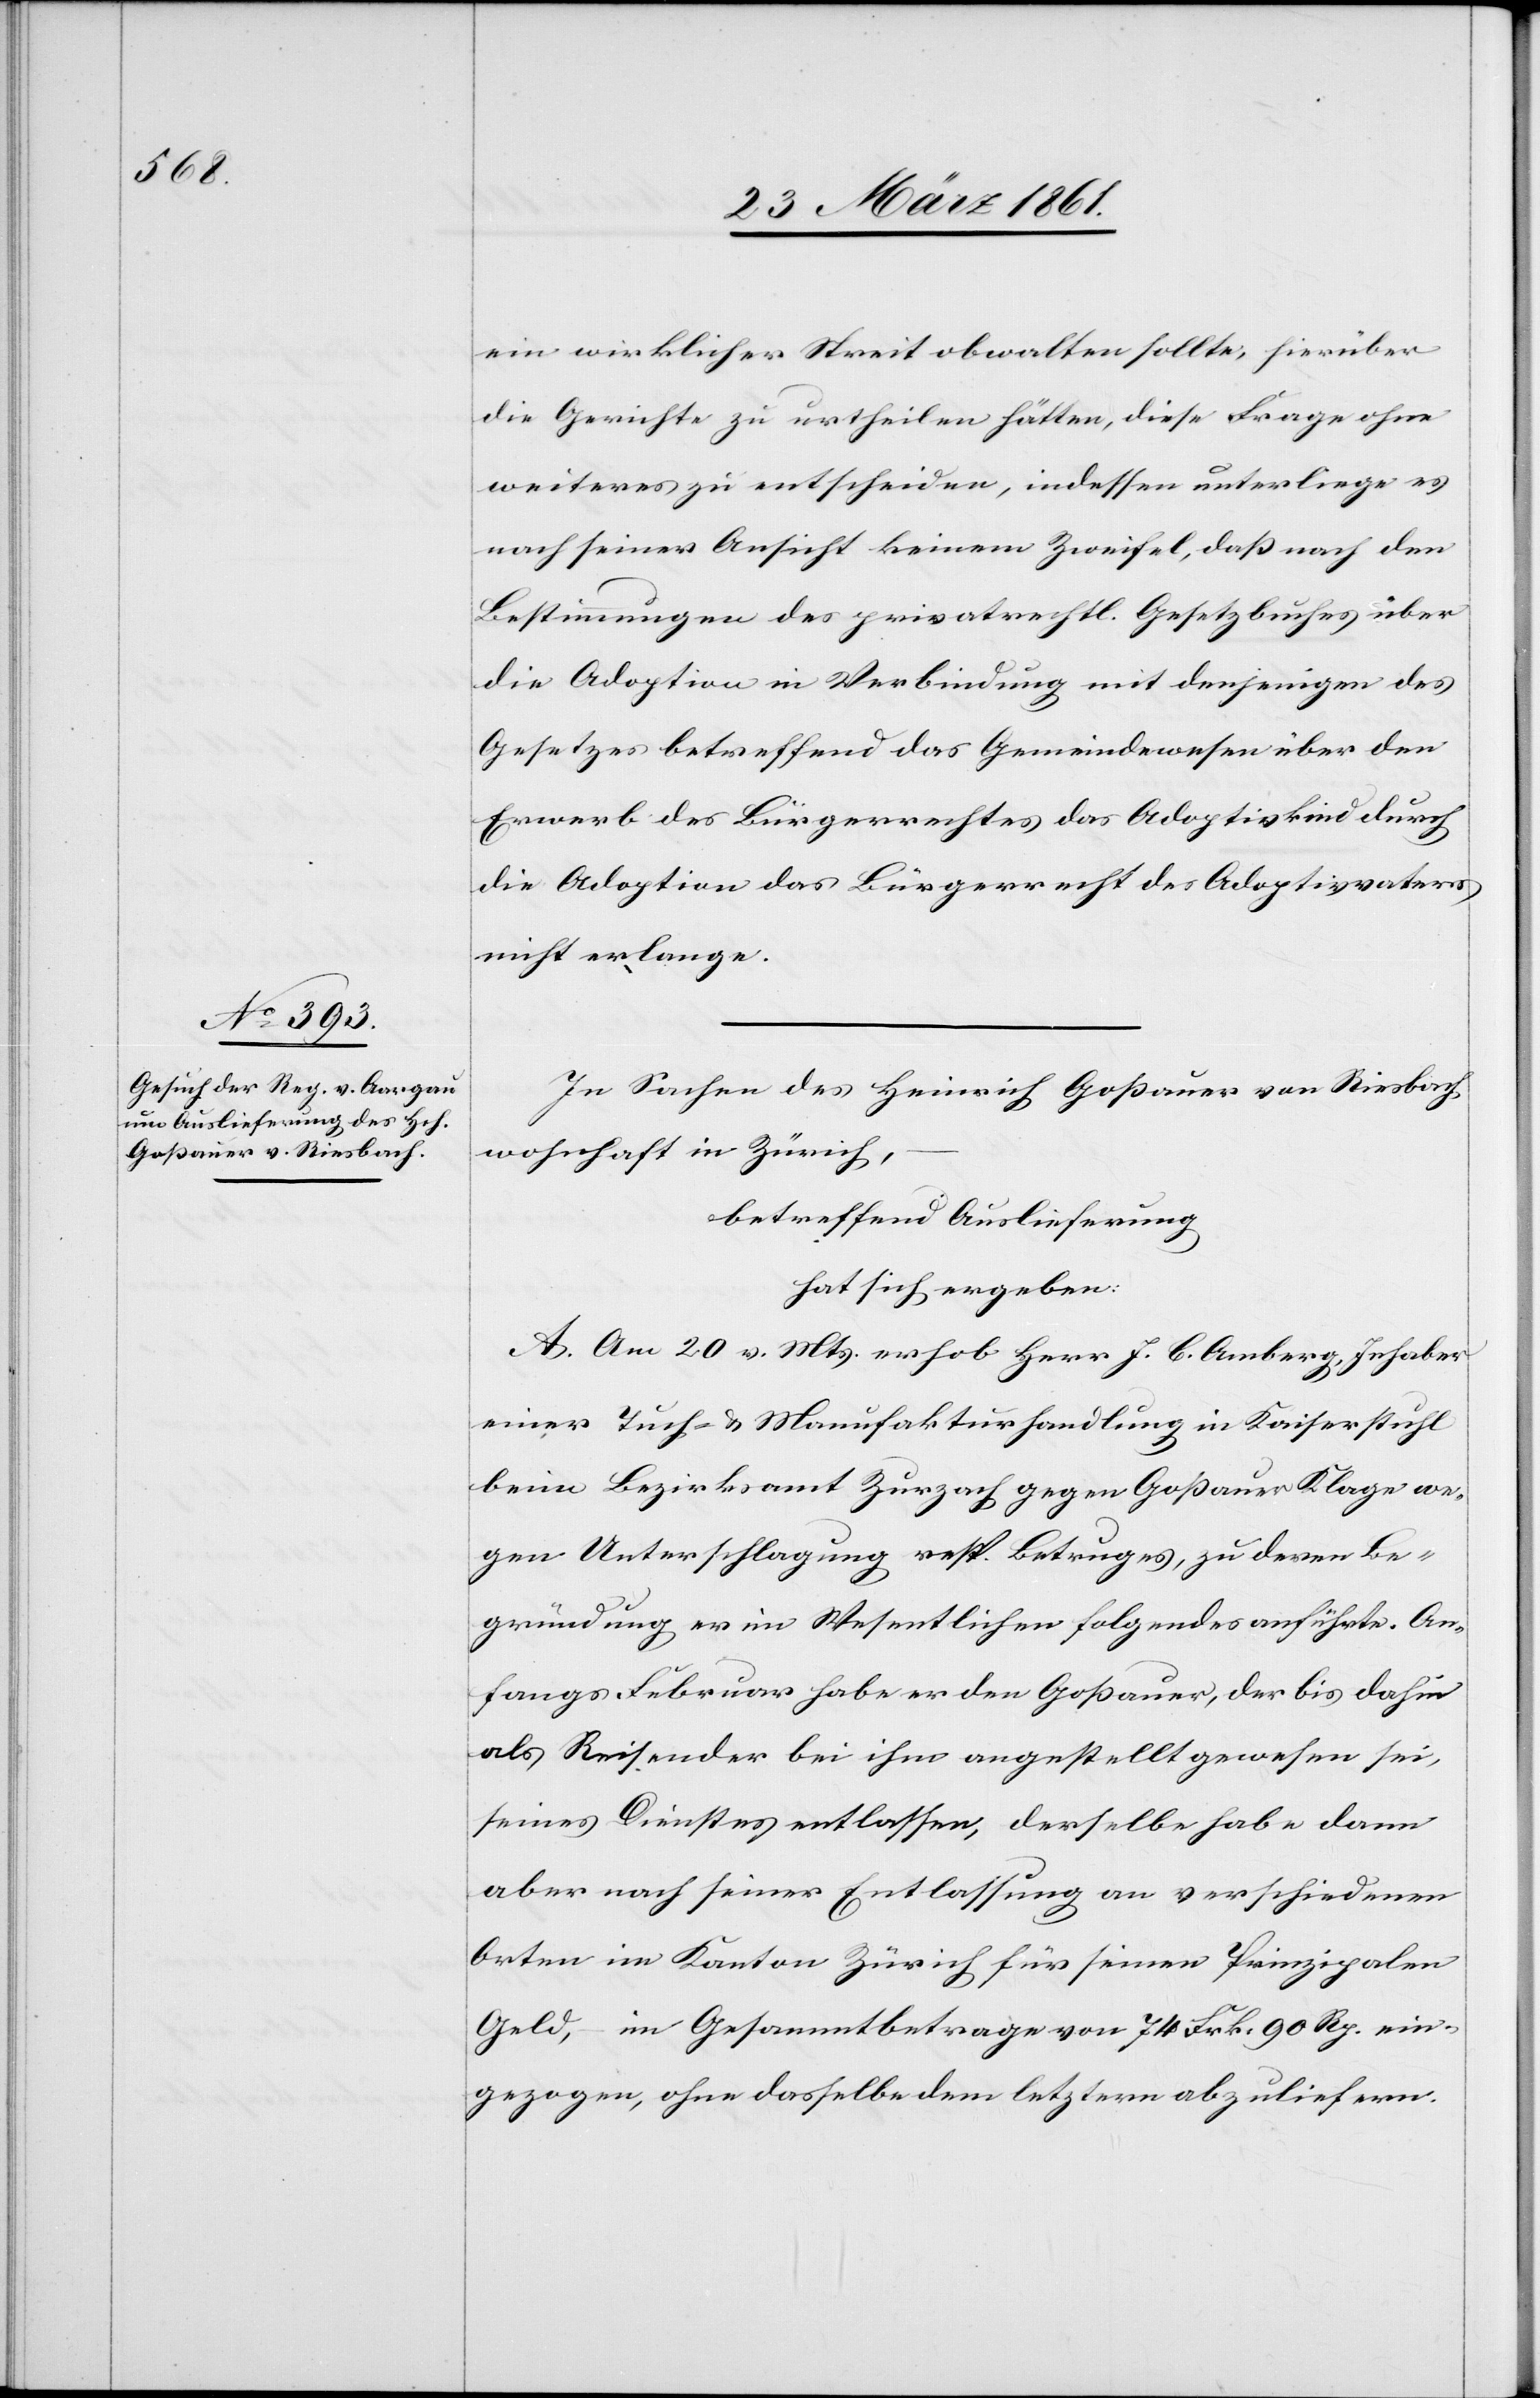
ein wirklicher Streit obwalten sollte, hierüber
die Gerichte zu ertheilen hätten, diese Frage ohne
weiteres zu entscheiden, indessen unterliege es
nach seiner Ansicht keinem Zweifel, daß nach den
Bestimmungen des privatrechtl. Gesetzbuches über
die Adoption in Verbindung mit denjenigen des
Gesetzes betreffend das Gemeindewesen über den
Erwerb des Bürgerrechtes das Adoptivkind durch
die Adoption das Bürgerrecht des Adoptivvaters
nicht erlange.
In Sachen des Heinrich Goßauer von Riesbach,
wohnhaft in Zürich,
betreffend Auslieferung
hat sich ergeben:
A. Am 20. v. Mts. erhob Herr J. C. Amberg, Inhaber
einer Tuch- u. Manufakturhandlung in Kaiserstuhl
beim Bezirksamt Zurzach gegen Goßauer Klage we¬
gen Unterschlagung resp. Betruges, zu deren Be¬
gründung er im Wesentlichen folgendes anführte. An¬
fangs Februar habe er den Goßauer, der bis dahin
als Reisender bei ihm angestellt gewesen sei,
seines Dienstes entlassen, derselbe habe dann
aber nach seiner Entlassung an verschiedenen
Orten im Kanton Zürich für seinen Prinzipalen
Geld, im Gesammtbetrage von 74 Frk. 90 Rp. ein¬
gezogen, ohne dasselbe dem letztern abzuliefern.